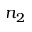
n _ { 2 }